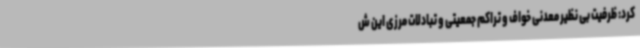
کرد: ظرفیت بی نظیر معدنی خواف و تراکم جمعیتی و تبادلات مرزی این ش